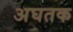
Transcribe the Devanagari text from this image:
अघतक